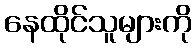
နေထိုင်သူများကို